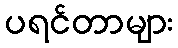
ပရင်တာများ